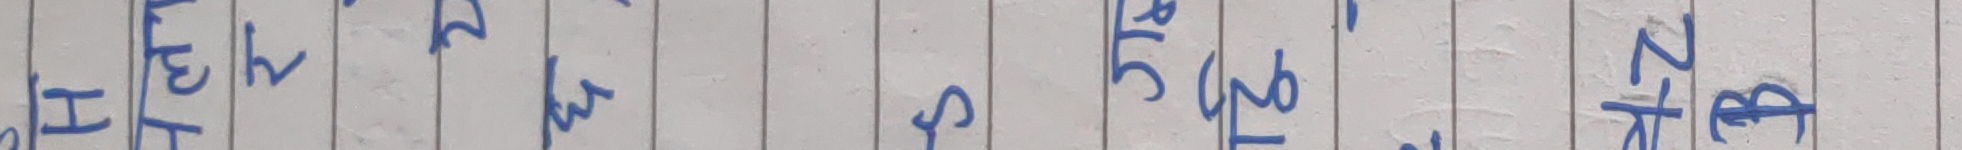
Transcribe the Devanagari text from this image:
हे ३ h m दु १६ २t RB